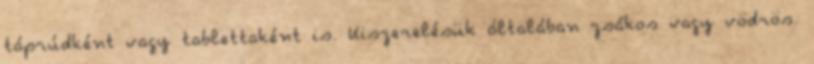
táprúdként vagy tablettaként is. Kiszerelésük általában zsákos vagy vödrös.